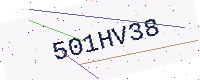
Text: 501HV38